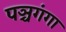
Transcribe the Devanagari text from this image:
पञ्चगंगा